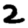
Digit: 2